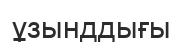
ұзынддығы